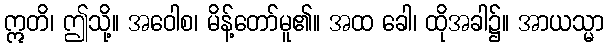
ဣတိ၊ ဤသို့။ အဝေါစ၊ မိန့်တော်မူ၏။ အထ ခေါ၊ ထိုအခါ၌။ အာယသ္မာ